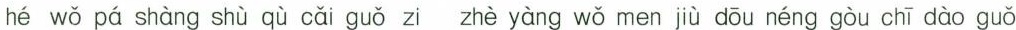
hé wǒ pá shàng shù qù cǎi guǒ zi zhè yàng wǒ men jù dōu néng gòu chī dào guǒ